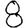
Digit: 8